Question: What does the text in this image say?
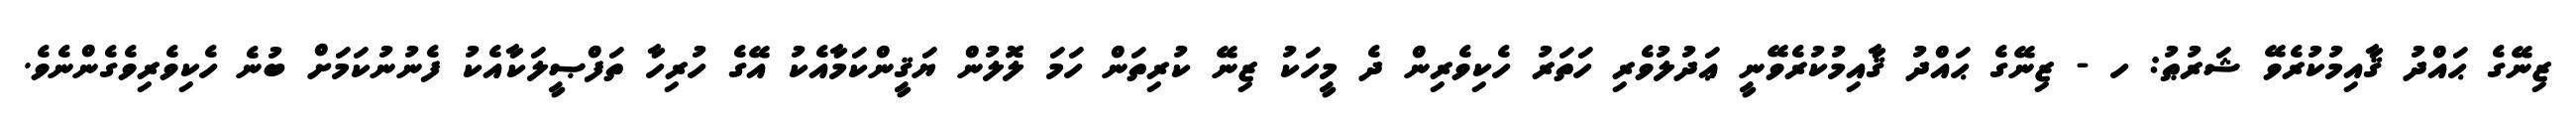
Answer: ޒިނޭގެ ޙައްދު ޤާއިމުކުރެވޭ ޝަރުޠު: ހ - ޒިނޭގެ ޙައްދު ޤާއިމުކުރެވޭނީ ޢަދުލުވެރި ހަތަރު ހެކިވެރިން ދެ މީހަކު ޒިނޭ ކުރިތަން ހަމަ ލޮލުން ޔަޤީންކަމާއެކު އޭގެ ހުރިހާ ތަފްޞީލަކާއެކު ފެނުނުކަމަށް ބުނެ ހެކިވެރިވެގެންނެވެ.